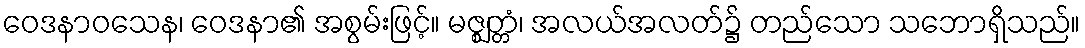
ဝေဒနာဝသေန၊ ဝေဒနာ၏ အစွမ်းဖြင့်။ မဇ္ဈတ္တံ၊ အလယ်အလတ်၌ တည်သော သဘောရှိသည်။